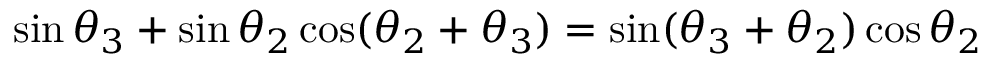
\sin \theta _ { 3 } + \sin \theta _ { 2 } \cos ( \theta _ { 2 } + \theta _ { 3 } ) = \sin ( \theta _ { 3 } + \theta _ { 2 } ) \cos \theta _ { 2 }